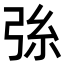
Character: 𢏛